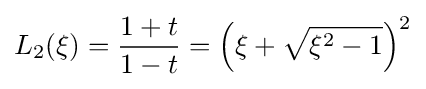
L_{2}(\xi )={\frac {1+t}{1-t}}=\left(\xi +{\sqrt {\xi ^{2}-1}}\right)^{2}